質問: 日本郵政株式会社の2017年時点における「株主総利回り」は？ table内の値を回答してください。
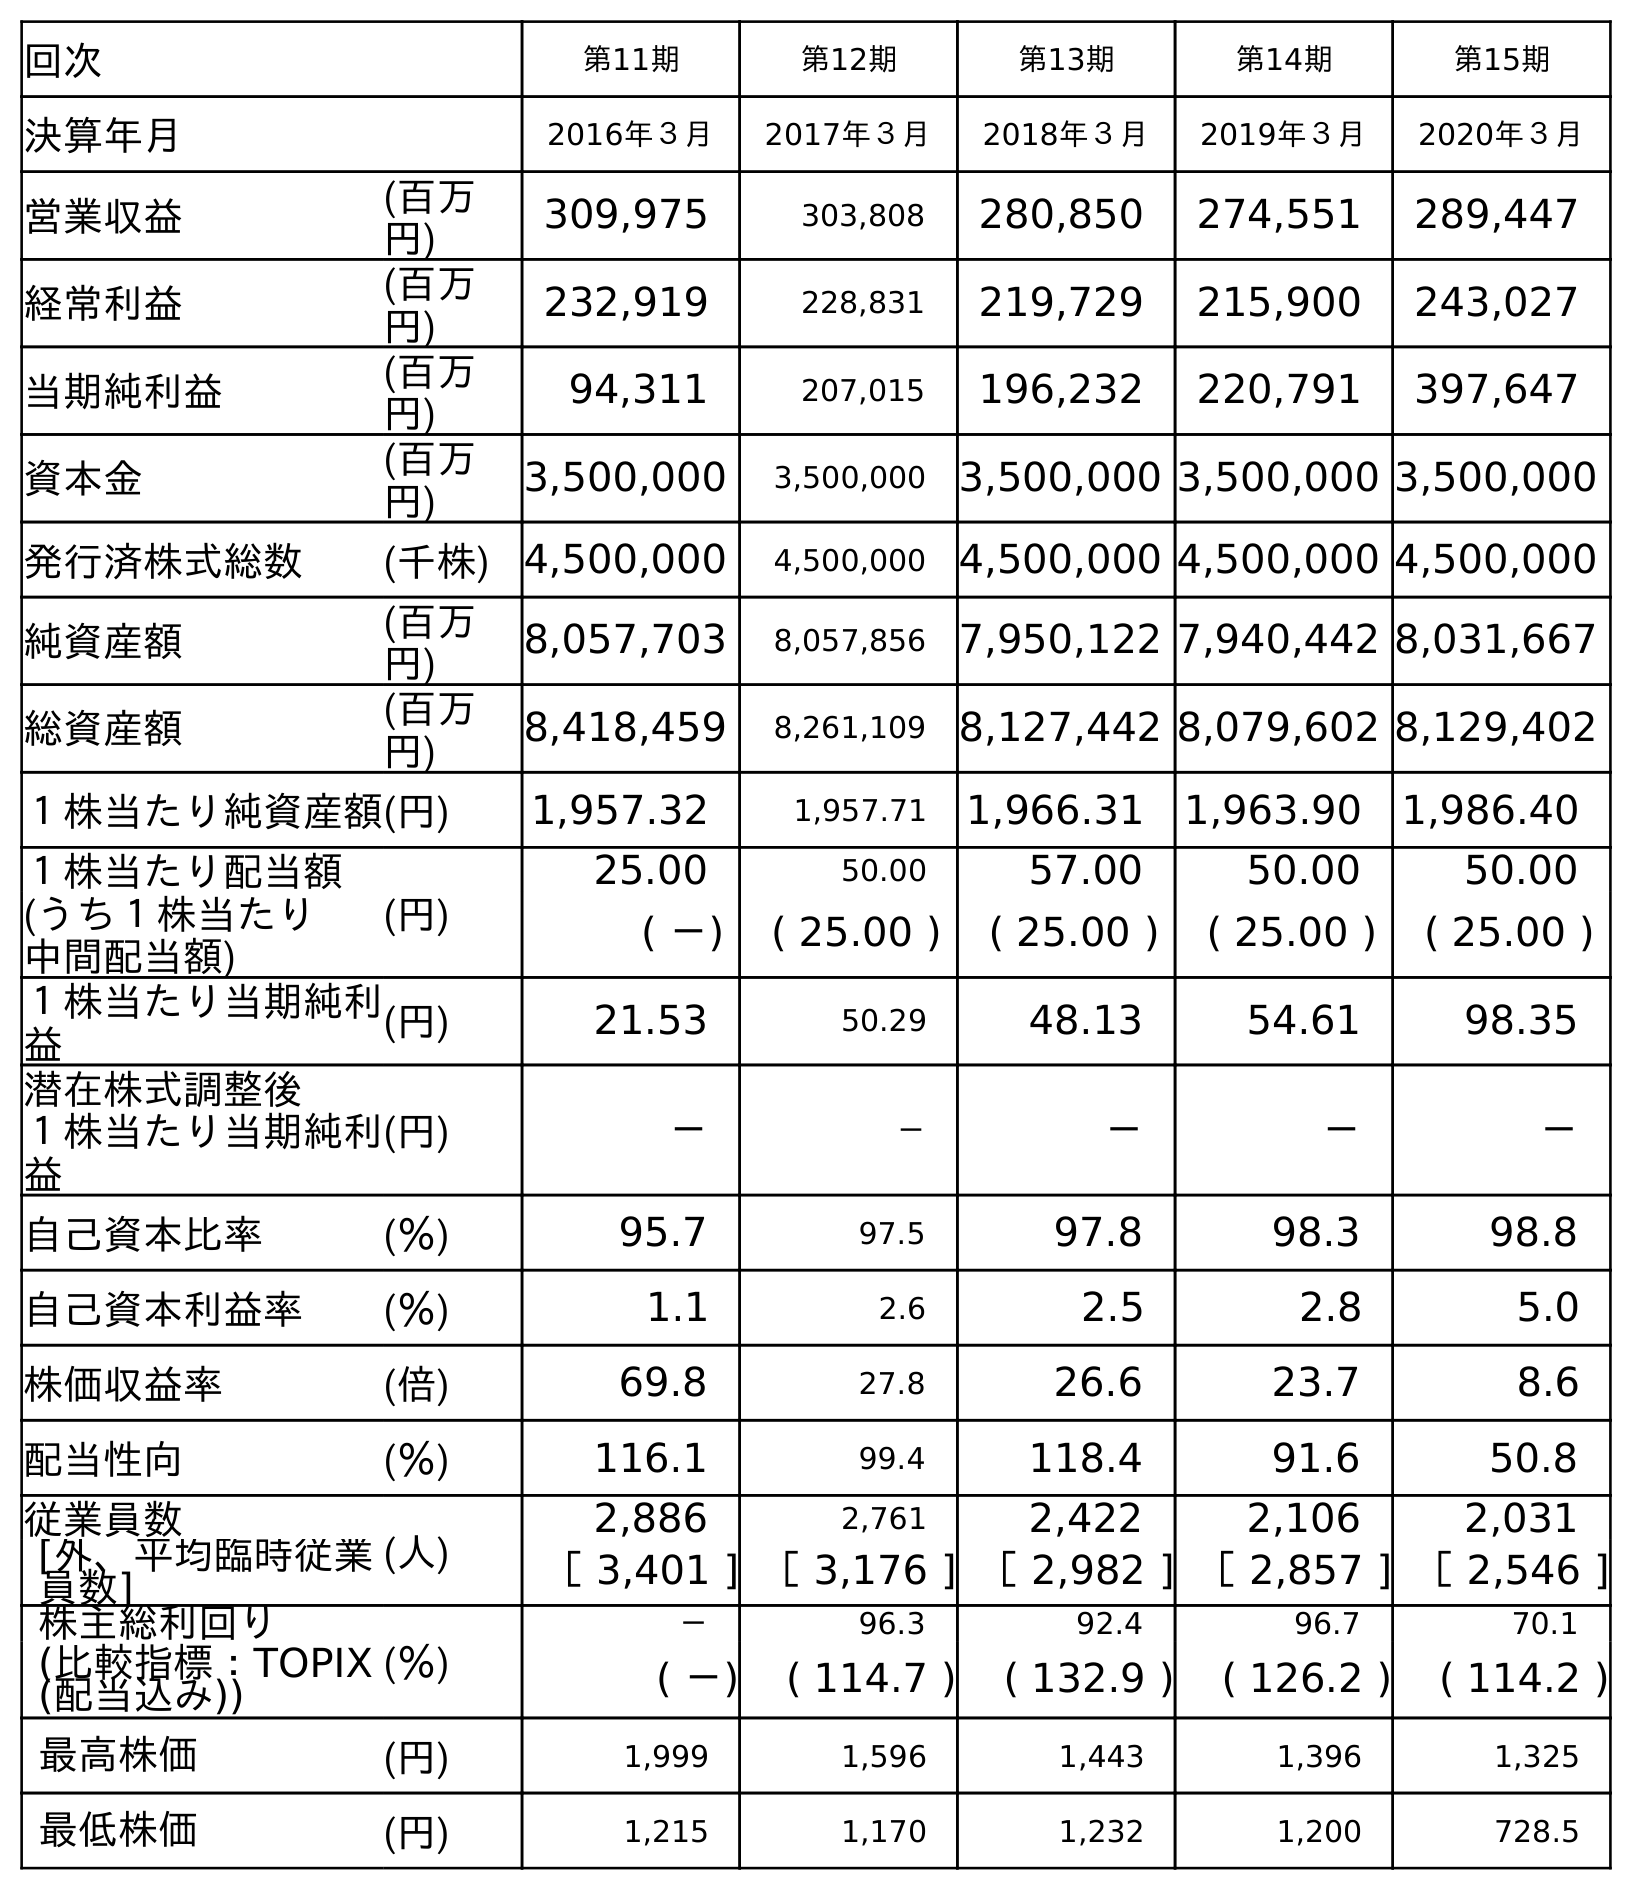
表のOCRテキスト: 回次 第11期 第12期 第13期 第14期 第15期 決算年月 2016年３月 2017年３月 2018年３月 2019年３月 2020年３月 営業収益 (百万 円) 309,975 303,808 280,850 274,551 289,447 経常利益 (百万 円) 232,919 228,831 219,729 215,900 243,027 当期純利益 (百万 円) 94,311 207,015 196,232 220,791 397,647 資本金 (百万 円) 3,500,000 3,500,000 3,500,000 3,500,000 3,500,000 発行済株式総数 (千株) 4,500,000 4,500,000 4,500,000 4,500,000 4,500,000 純資産額 (百万 円) 8,057,703 8,057,856 7,950,122 7,940,442 8,031,667 総資産額 (百万 円) 8,418,459 8,261,109 8,127,442 8,079,602 8,129,402 １株当たり純資産額(円) 1,957.32 1,957.71 1,966.31 1,963.90 1,986.40 １株当たり配当額 (円) 25.00 50.00 57.00 50.00 50.00 (うち１株当たり 中間配当額) ( －) ( 25.00 ) ( 25.00 ) ( 25.00 ) ( 25.00 ) １株当たり当期純利 益 (円) 21.53 50.29 48.13 54.61 98.35 潜在株式調整後 １株当たり当期純利 益 (円) － － － － － 自己資本比率 (％) 95.7 97.5 97.8 98.3 98.8 自己資本利益率 (％) 1.1 2.6 2.5 2.8 5.0 株価収益率 (倍) 69.8 27.8 26.6 23.7 8.6 配当性向 (％) 116.1 99.4 118.4 91.6 50.8 従業員数 (人) 2,886 2,761 2,422 2,106 2,031 [外、平均臨時従業 員数] ［ 3,401 ] ［ 3,176 ] ［ 2,982 ] ［ 2,857 ] ［ 2,546 ] 株主総利回り (％) － 96.3 92.4 96.7 70.1 (比較指標：TOPIX (配当込み)) ( －) ( 114.7 ) ( 132.9 ) ( 126.2 ) ( 114.2 ) 最高株価 (円) 1,999 1,596 1,443 1,396 1,325 最低株価 (円) 1,215 1,170 1,232 1,200 728.5
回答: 96.3